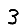
Digit: 3